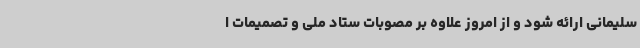
سلیمانی ارائه شود و از امروز علاوه بر مصوبات ستاد ملی و تصمیمات ا